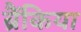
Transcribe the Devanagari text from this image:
ब्रैंकिया